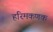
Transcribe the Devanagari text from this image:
हरिमकणक